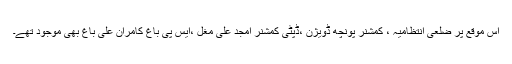
اس موقع پر ضلعی انتظامیہ ، کمشنر پونچھ ڈویژن ،ڈپٹی کمشنر امجد علی مغل ،ایس پی باغ کامران علی باغ بھی موجود تھے۔